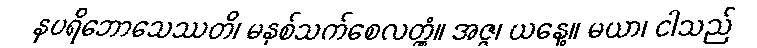
နပရိဘောသေဿတိ၊ မနှစ်သက်စေလတ္တံ့။ အဇ္ဇ၊ ယနေ့။ မယာ၊ ငါသည်